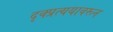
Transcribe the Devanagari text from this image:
दृक्प्रत्ययावरून